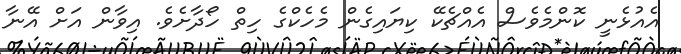
އެއުޅެނީ ކޮންމެވެސް އެއްޗެކޭ ކިޔައިގެން މެހެކްގެ ހިތް ހޯދާށެވެ. އިވާން އަށް އޭނާ